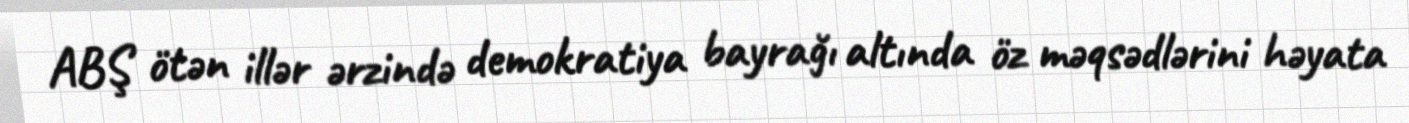
ABŞ ötən illər ərzində demokratiya bayrağı altında öz məqsədlərini həyata